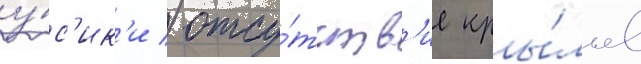
у́с'ик'и / отсу́тств'ие кры́льев